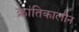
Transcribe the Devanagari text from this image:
क्रांतिकालीन